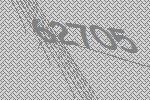
62705